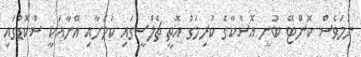
ނަމަވެސް ކޮންޓޭ ބުނީ އޮސްކާގެ ކުރިމަގު އޮތީ ޗެލްސީގައި ކަމަށާއި އޭނާއަކީ ސްކޮޑުގައި